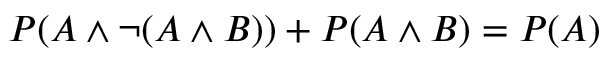
P ( A \land \neg ( A \land B ) ) + P ( A \land B ) = P ( A )